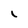
Character: l